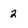
Character: 2